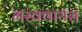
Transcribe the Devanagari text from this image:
मरक्वायस